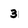
Character: 3